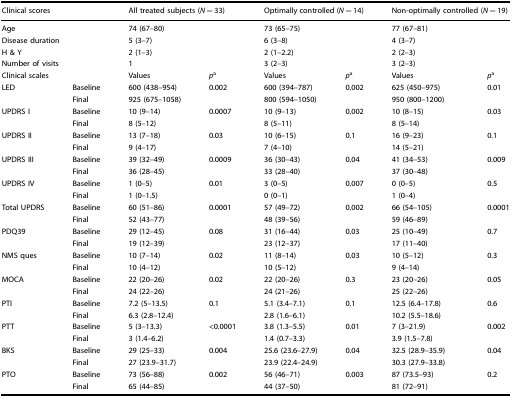
<table><thead><tr><td colspan="2"><b>Clinical scores</b></td><td colspan="2"><b>All treated subjects (<i>N</i> = 33)</b></td><td colspan="2"><b>Optimally controlled (<i>N</i> = 14)</b></td><td colspan="2"><b>Non-optimally controlled (<i>N</i> = 19)</b></td></tr></thead><tbody><tr><td colspan="2">Age</td><td colspan="2">74 (67–80)</td><td colspan="2">73 (65–75)</td><td colspan="2">77 (67–81)</td></tr><tr><td colspan="2">Disease duration</td><td colspan="2">5 (3–7)</td><td colspan="2">6 (3–8)</td><td colspan="2">4 (3–7)</td></tr><tr><td colspan="2">H &amp; Y</td><td colspan="2">2 (1–3)</td><td colspan="2">2 (1–2.2)</td><td colspan="2">2 (2–3)</td></tr><tr><td colspan="2">Number of visits</td><td colspan="2">1</td><td colspan="2">3 (2–3)</td><td colspan="2">3 (2–3)</td></tr><tr><td colspan="2">Clinical scales</td><td>Values</td><td><i>p</i><sup>a</sup></td><td>Values</td><td><i>p</i><sup>a</sup></td><td>Values</td><td><i>p</i><sup>a</sup></td></tr><tr><td rowspan="2">LED</td><td>Baseline</td><td>600 (438–954)</td><td rowspan="2">0.002</td><td>600 (394–787)</td><td rowspan="2">0.002</td><td>625 (450–975)</td><td rowspan="2">0.01</td></tr><tr><td>Final</td><td>925 (675–1058)</td><td>800 (594–1050)</td><td>950 (800–1200)</td></tr><tr><td rowspan="2">UPDRS I</td><td>Baseline</td><td>10 (9–14)</td><td rowspan="2">0.0007</td><td>10 (9–13)</td><td rowspan="2">0.002</td><td>10 (8–15)</td><td rowspan="2">0.03</td></tr><tr><td>Final</td><td>8 (5–12)</td><td>8 (5–11)</td><td>8 (5–14)</td></tr><tr><td rowspan="2">UPDRS II</td><td>Baseline</td><td>13 (7–18)</td><td rowspan="2">0.03</td><td>10 (6–15)</td><td rowspan="2">0.1</td><td>16 (9–23)</td><td rowspan="2">0.1</td></tr><tr><td>Final</td><td>9 (4–17)</td><td>7 (4–10)</td><td>14 (5–21)</td></tr><tr><td rowspan="2">UPDRS III</td><td>Baseline</td><td>39 (32–49)</td><td rowspan="2">0.0009</td><td>36 (30–43)</td><td rowspan="2">0.04</td><td>41 (34–53)</td><td rowspan="2">0.009</td></tr><tr><td>Final</td><td>36 (28–45)</td><td>33 (28–40)</td><td>37 (30–48)</td></tr><tr><td rowspan="2">UPDRS IV</td><td>Baseline</td><td>1 (0–5)</td><td rowspan="2">0.01</td><td>3 (0–5)</td><td rowspan="2">0.007</td><td>0 (0–5)</td><td rowspan="2">0.5</td></tr><tr><td>Final</td><td>1 (0–1.5)</td><td>0 (0–1)</td><td>1 (0–4)</td></tr><tr><td rowspan="2">Total UPDRS</td><td>Baseline</td><td>60 (51–86)</td><td rowspan="2">0.0001</td><td>57 (49–72)</td><td>0.002</td><td>66 (54–105)</td><td rowspan="2">0.0001</td></tr><tr><td>Final</td><td>52 (43–77)</td><td>48 (39–56)</td><td></td><td>59 (46–89)</td></tr><tr><td rowspan="2">PDQ39</td><td>Baseline</td><td>29 (12–45)</td><td rowspan="2">0.08</td><td>31 (16–44)</td><td rowspan="2">0.03</td><td>25 (10–49)</td><td rowspan="2">0.7</td></tr><tr><td>Final</td><td>19 (12–39)</td><td>23 (12–37)</td><td>17 (11–40)</td></tr><tr><td rowspan="2">NMS ques</td><td>Baseline</td><td>10 (7–14)</td><td rowspan="2">0.02</td><td>11 (8–14)</td><td rowspan="2">0.03</td><td>10 (5–12)</td><td rowspan="2">0.3</td></tr><tr><td>Final</td><td>10 (4–12)</td><td>10 (5–12)</td><td>9 (4–14)</td></tr><tr><td rowspan="2">MOCA</td><td>Baseline</td><td>22 (20–26)</td><td rowspan="2">0.02</td><td>22 (20–26)</td><td rowspan="2">0.3</td><td>23 (20–26)</td><td rowspan="2">0.05</td></tr><tr><td>Final</td><td>24 (22–26)</td><td>24 (21–26)</td><td>25 (22–26)</td></tr><tr><td rowspan="2">PTI</td><td>Baseline</td><td>7.2 (5–13.5)</td><td rowspan="2">0.1</td><td>5.1 (3.4–7.1)</td><td rowspan="2">0.1</td><td>12.5 (6.4–17.8)</td><td rowspan="2">0.6</td></tr><tr><td>Final</td><td>6.3 (2.8–12.4)</td><td>2.8 (1.6–6.1)</td><td>10.2 (5.5–18.6)</td></tr><tr><td rowspan="2">PTT</td><td>Baseline</td><td>5 (3–13.3)</td><td rowspan="2">&lt;0.0001</td><td>3.8 (1.3–5.5)</td><td rowspan="2">0.01</td><td>7 (3–21.9)</td><td rowspan="2">0.002</td></tr><tr><td>Final</td><td>3 (1.4–6.2)</td><td>1.4 (0.7–3.3)</td><td>3.9 (1.5–7.8)</td></tr><tr><td rowspan="2">BKS</td><td>Baseline</td><td>29 (25–33)</td><td rowspan="2">0.004</td><td>25.6 (23.6–27.9)</td><td>0.04</td><td>32.5 (28.9–35.9)</td><td rowspan="2">0.04</td></tr><tr><td>Final</td><td>27 (23.9–31.7)</td><td>23.9 (22.4–24.9)</td><td></td><td>30.3 (27.9–33.8)</td></tr><tr><td rowspan="2">PTO</td><td>Baseline</td><td>73 (56–88)</td><td rowspan="2">0.002</td><td>56 (46–71)</td><td rowspan="2">0.003</td><td>87 (73.5–93)</td><td rowspan="2">0.2</td></tr><tr><td>Final</td><td>65 (44–85)</td><td>44 (37–50)</td><td>81 (72–91)</td></tr></tbody></table>